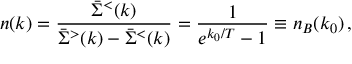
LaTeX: n ( k ) = { \frac { \bar { \Sigma } ^ { < } ( k ) } { \bar { \Sigma } ^ { > } ( k ) - \bar { \Sigma } ^ { < } ( k ) } } = { \frac { 1 } { e ^ { k _ { 0 } / T } - 1 } } \equiv n _ { B } ( k _ { 0 } ) \, ,